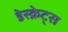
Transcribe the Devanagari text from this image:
डेस्क्रेट्स